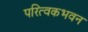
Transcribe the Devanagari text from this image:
परित्वकभवन